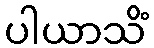
ပါယာသိံ